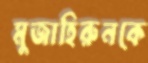
মুজাহিরুনকে